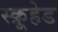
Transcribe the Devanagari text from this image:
स्क्रूहेड